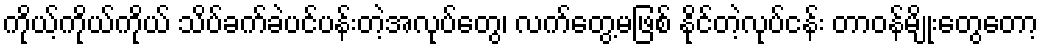
ကိုယ့်ကိုယ်ကိုယ် သိပ်ခက်ခဲပင်ပန်းတဲ့အလုပ်တွေ၊ လက်တွေ့မဖြစ် နိုင်တဲ့လုပ်ငန်း တာဝန်မျိုးတွေတော့